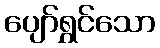
ပျော်ရွှင်သော